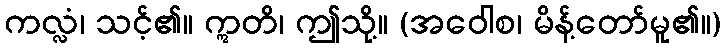
ကလ္လံ၊ သင့်၏။ ဣတိ၊ ဤသို့။ (အဝေါစ၊ မိန့်တော်မူ၏။)